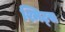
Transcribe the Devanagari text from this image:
श्मिट्स